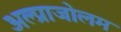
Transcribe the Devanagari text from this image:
अल्प्राजोलम